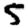
Digit: 5